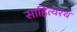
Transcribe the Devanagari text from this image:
साहित्यरथ